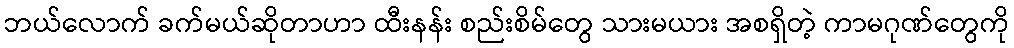
ဘယ်လောက် ခက်မယ်ဆိုတာဟာ ထီးနန်း စည်းစိမ်တွေ သားမယား အစရှိတဲ့ ကာမဂုဏ်တွေကို